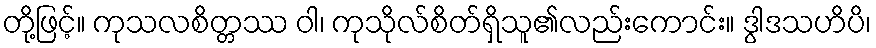
တို့ဖြင့်။ ကုသလစိတ္တဿ ဝါ၊ ကုသိုလ်စိတ်ရှိသူ၏လည်းကောင်း။ ဒွါဒသဟိပိ၊